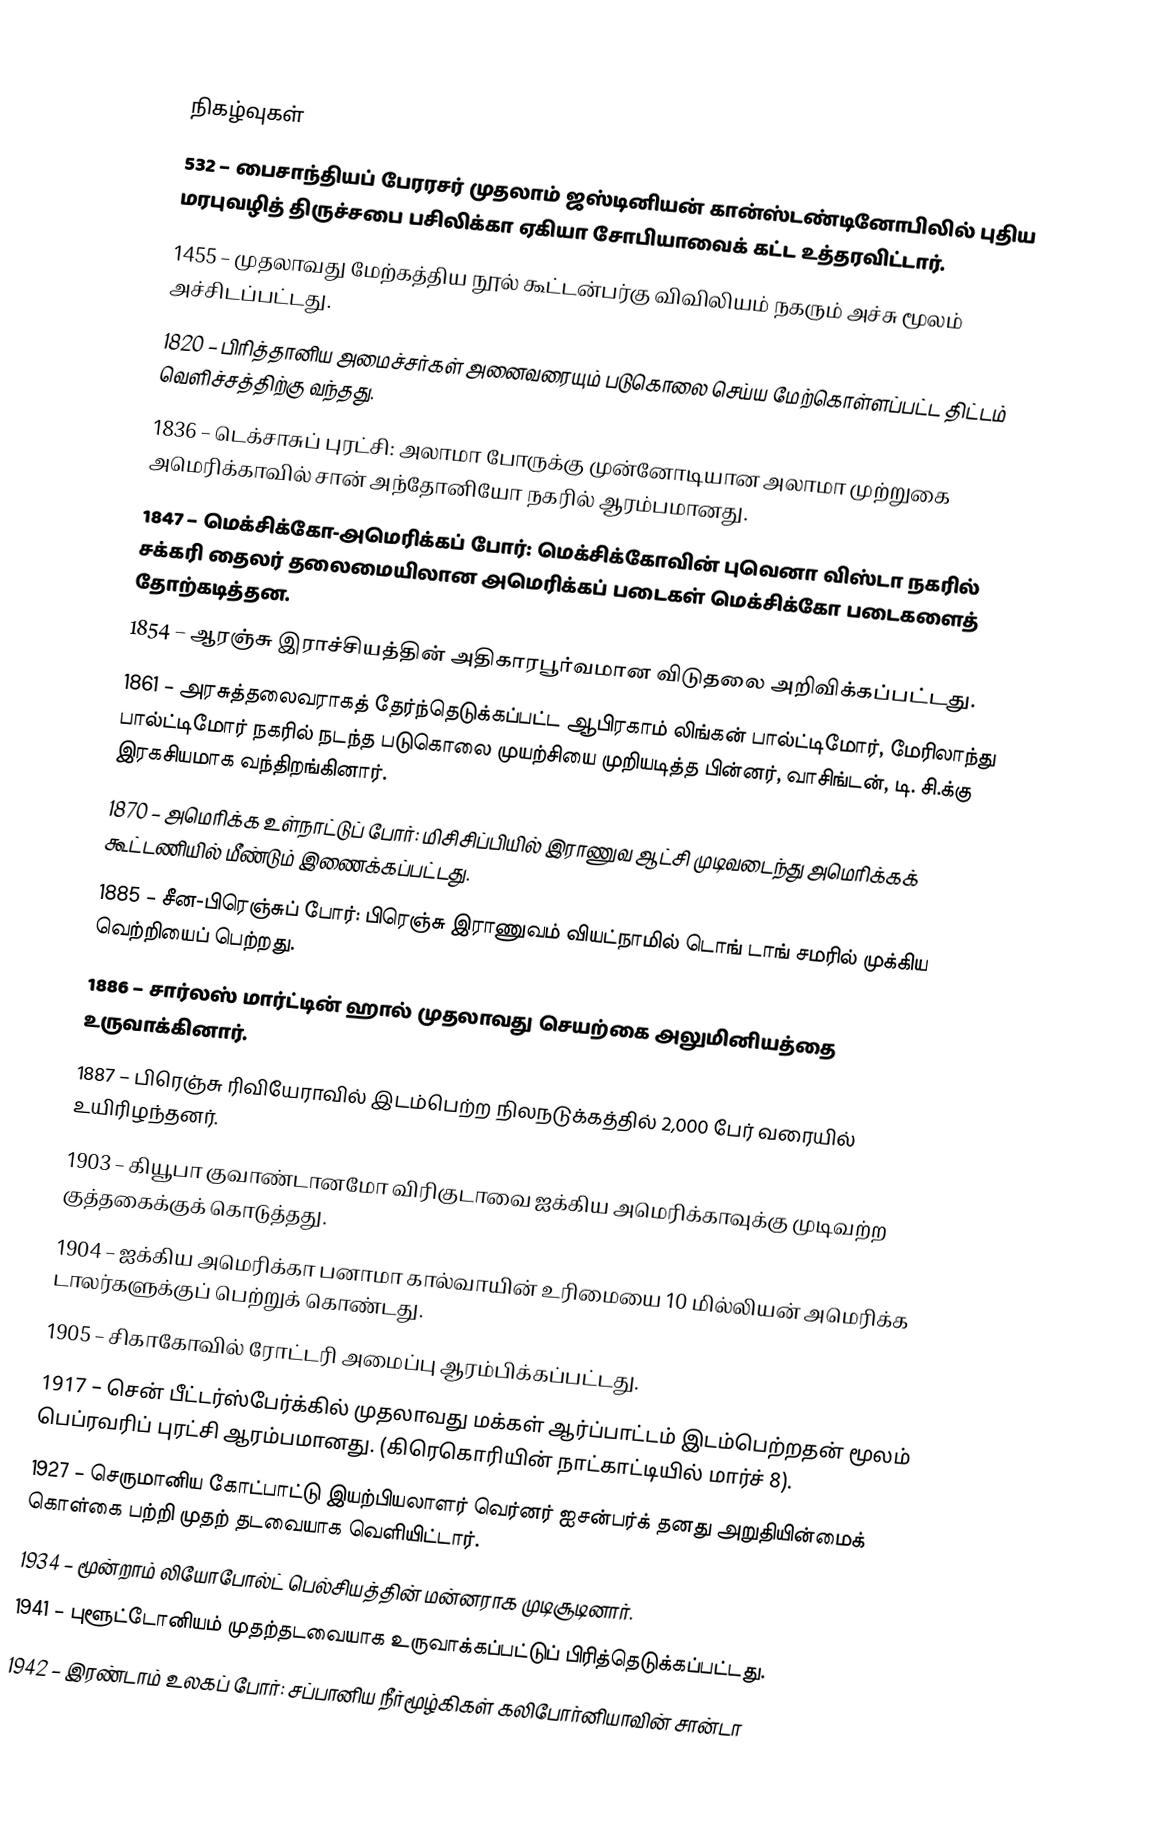

நிகழ்வுகள்
 532 – பைசாந்தியப் பேரரசர் முதலாம் ஜஸ்டினியன் கான்ஸ்டண்டினோபிலில் புதிய மரபுவழித் திருச்சபை பசிலிக்கா ஏகியா சோபியாவைக் கட்ட உத்தரவிட்டார்.
1455 – முதலாவது மேற்கத்திய நூல் கூட்டன்பர்கு விவிலியம் நகரும் அச்சு மூலம் அச்சிடப்பட்டது.
1820 – பிரித்தானிய அமைச்சர்கள் அனைவரையும் படுகொலை செய்ய மேற்கொள்ளப்பட்ட திட்டம் வெளிச்சத்திற்கு வந்தது.
1836 – டெக்சாசுப் புரட்சி: அலாமா போருக்கு முன்னோடியான அலாமா முற்றுகை அமெரிக்காவில் சான் அந்தோனியோ நகரில் ஆரம்பமானது.
1847 – மெக்சிக்கோ-அமெரிக்கப் போர்: மெக்சிக்கோவின் புவெனா விஸ்டா நகரில் சக்கரி தைலர் தலைமையிலான அமெரிக்கப் படைகள் மெக்சிக்கோ படைகளைத் தோற்கடித்தன.
1854 – ஆரஞ்சு இராச்சியத்தின் அதிகாரபூர்வமான விடுதலை அறிவிக்கப்பட்டது.
1861 – அரசுத்தலைவராகத் தேர்ந்தெடுக்கப்பட்ட ஆபிரகாம் லிங்கன் பால்ட்டிமோர், மேரிலாந்து பால்ட்டிமோர் நகரில் நடந்த படுகொலை முயற்சியை முறியடித்த பின்னர், வாசிங்டன், டி. சி.க்கு இரகசியமாக வந்திறங்கினார்.
1870 – அமெரிக்க உள்நாட்டுப் போர்: மிசிசிப்பியில் இராணுவ ஆட்சி முடிவடைந்து அமெரிக்கக் கூட்டணியில் மீண்டும் இணைக்கப்பட்டது.
1885 – சீன-பிரெஞ்சுப் போர்: பிரெஞ்சு இராணுவம் வியட்நாமில் டொங் டாங் சமரில் முக்கிய வெற்றியைப் பெற்றது.
1886 – சார்லஸ் மார்ட்டின் ஹால் முதலாவது செயற்கை அலுமினியத்தை உருவாக்கினார்.
1887 – பிரெஞ்சு ரிவியேராவில் இடம்பெற்ற நிலநடுக்கத்தில் 2,000 பேர் வரையில் உயிரிழந்தனர்.
1903 – கியூபா குவாண்டானமோ விரிகுடாவை ஐக்கிய அமெரிக்காவுக்கு முடிவற்ற குத்தகைக்குக் கொடுத்தது.
1904 – ஐக்கிய அமெரிக்கா பனாமா கால்வாயின் உரிமையை 10 மில்லியன் அமெரிக்க டாலர்களுக்குப் பெற்றுக் கொண்டது.
1905 – சிகாகோவில் ரோட்டரி அமைப்பு ஆரம்பிக்கப்பட்டது.
1917 – சென் பீட்டர்ஸ்பேர்க்கில் முதலாவது மக்கள் ஆர்ப்பாட்டம் இடம்பெற்றதன் மூலம் பெப்ரவரிப் புரட்சி ஆரம்பமானது. (கிரெகொரியின் நாட்காட்டியில் மார்ச் 8).
1927 – செருமானிய கோட்பாட்டு இயற்பியலாளர் வெர்னர் ஐசன்பர்க் தனது அறுதியின்மைக் கொள்கை பற்றி முதற் தடவையாக வெளியிட்டார்.
1934 – மூன்றாம் லியோபோல்ட் பெல்சியத்தின் மன்னராக முடிசூடினார்.
1941 – புளூட்டோனியம் முதற்தடவையாக உருவாக்கப்பட்டுப் பிரித்தெடுக்கப்பட்டது.
1942 – இரண்டாம் உலகப் போர்: சப்பானிய நீர்மூழ்கிகள் கலிபோர்னியாவின் சான்டா